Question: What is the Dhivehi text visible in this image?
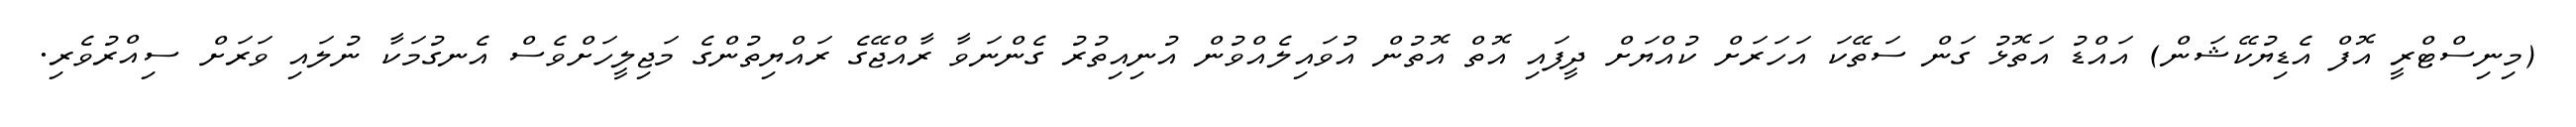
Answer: (މިނިސްޓްރީ އޮފް އެޑިޔުކޭޝަން) އައްޑު އަތޮޅު ގަން ސަތޭކަ އަހަރަށް ކުއްޔަށް ދީފައި އޮތް އޮތުން އުވައިލެއްވުން އުނިއިތުރު ގެންނަވާ ރާއްޖޭގެ ރައްޔިތުންގެ މަޖިލީހަށްވެސް އެނގުމަކާ ނުލައި ވަރަށް ސިއްރުވެރި.